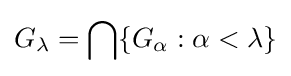
G_{\lambda }=\bigcap \{G_{\alpha }:\alpha <\lambda \}